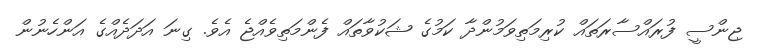
ޖިންސީ ފުރައްސާރަތައް ކުރިމަތިވަމުންދާ ކަމުގެ ޝަކުވާތައް ފެންމަތިވެއްޖެ އެވެ. ގިނަ އަދަދެއްގެ އަންހެނުން